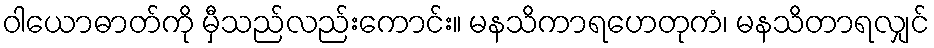
ဝါယောဓာတ်ကို မှီသည်လည်းကောင်း။ မနသိကာရဟေတုကံ၊ မနသိတာရလျှင်